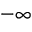
- \infty